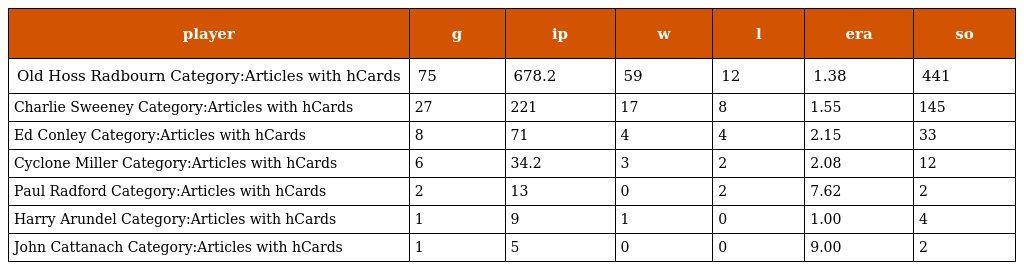
| player | g | ip | w | l | era | so |
 | --- | --- | --- | --- | --- | --- | --- |
 | Old Hoss Radbourn Category:Articles with hCards | 75 | 678.2 | 59 | 12 | 1.38 | 441 |
 | Charlie Sweeney Category:Articles with hCards | 27 | 221 | 17 | 8 | 1.55 | 145 |
 | Ed Conley Category:Articles with hCards | 8 | 71 | 4 | 4 | 2.15 | 33 |
 | Cyclone Miller Category:Articles with hCards | 6 | 34.2 | 3 | 2 | 2.08 | 12 |
 | Paul Radford Category:Articles with hCards | 2 | 13 | 0 | 2 | 7.62 | 2 |
 | Harry Arundel Category:Articles with hCards | 1 | 9 | 1 | 0 | 1.00 | 4 |
 | John Cattanach Category:Articles with hCards | 1 | 5 | 0 | 0 | 9.00 | 2 |